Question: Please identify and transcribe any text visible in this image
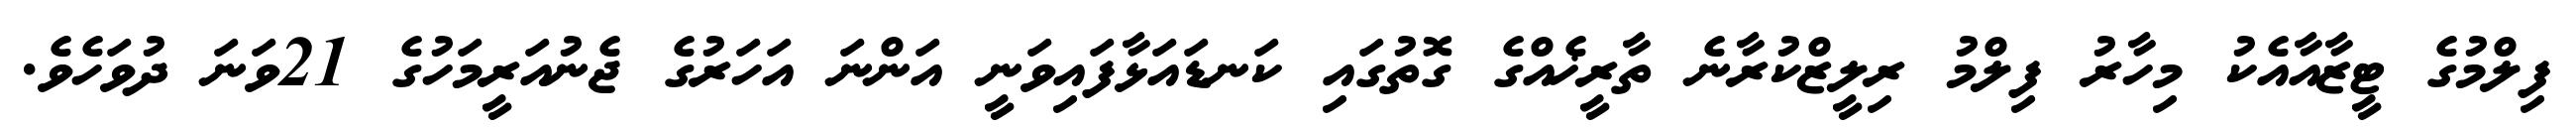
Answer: ފިލްމުގެ ޓީޒާއާއެކު މިހާރު ފިލްމު ރިލީޒްކުރާނެ ތާރީޚެއްގެ ގޮތުގައި ކަނޑައަޅާފައިވަނީ އަންނަ އަހަރުގެ ޖެނުއަރީމަހުގެ 21ވަނަ ދުވަހެވެ.